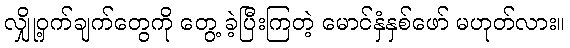
လျှို့ဝှက်ချက်တွေကို တွေ့ ခဲ့ပြီးကြတဲ့ မောင်နှံနှစ်ဖော် မဟုတ်လား။